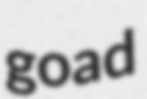
goad